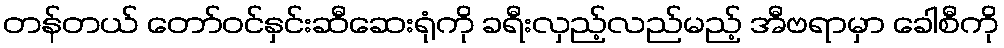
တန်တယ် တော်ဝင်နှင်းဆီဆေးရုံကို ခရီးလှည့်လည်မည့် အီဗရာမှာ ခေါစီကို